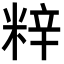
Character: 𮇞